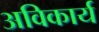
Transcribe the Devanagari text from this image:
अविकार्य